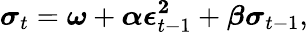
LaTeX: \boldsymbol{\sigma}_{t}=\boldsymbol{\omega}+\boldsymbol{\alpha}\boldsymbol{\epsilon^{2}}_{t-1}+\boldsymbol{\beta}\boldsymbol{\sigma}_{t-1},